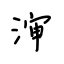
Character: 渖